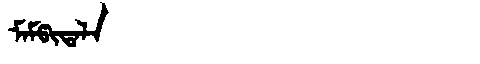
Manchu: ᠮᠠᠮᡦᡳᡨᠠᠯᠠ
Romanization: MAMPITALA